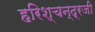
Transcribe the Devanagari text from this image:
हरिश्चन्द्रजी